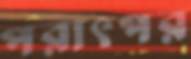
পরাৎপর